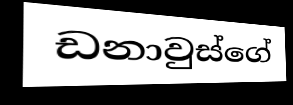
ඩනාවුස්ගේ